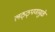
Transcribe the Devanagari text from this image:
लठ्ठ्पणामुळे